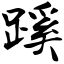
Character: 蹊